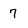
Character: 7